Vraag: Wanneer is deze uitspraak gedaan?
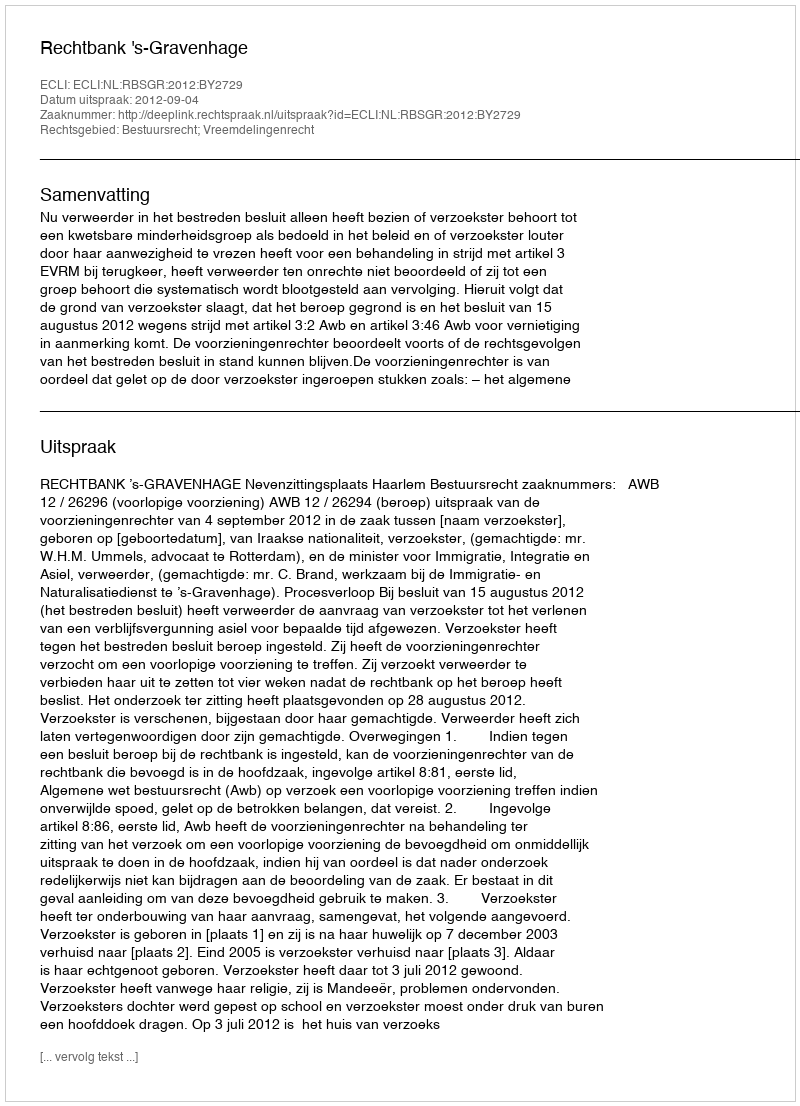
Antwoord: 2012-09-04